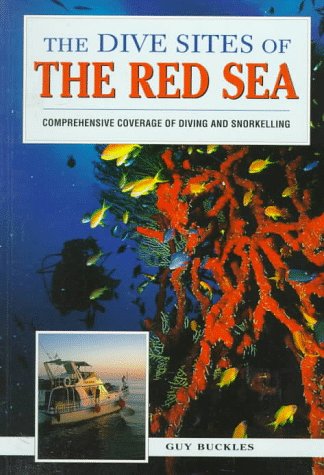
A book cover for Dive Sites of the Red Sea; Guy Buckles; Travel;